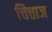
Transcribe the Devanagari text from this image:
चित्ताज